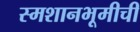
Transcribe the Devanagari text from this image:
स्मशानभूमीची